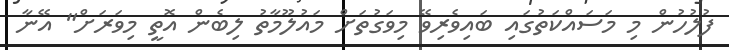
ފުލުހުން މި މަސައްކަތުގައި ބައިވެރިވޭ މިވަގުތަށް މައުލޫމާތު ލިބެން އޮތީ މިވަރަށް" އޭނާ